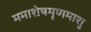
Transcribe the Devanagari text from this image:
ममाशेषमृणमाशु